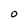
Character: O